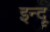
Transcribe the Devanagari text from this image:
इन्‍दू